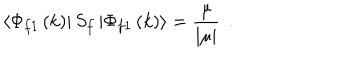
\left\langle \Phi _ { f 1 } \left( k \right) \right| S _ { f } \left| \Phi _ { f 1 } \left( k \right) \right\rangle = \frac \mu { \left| \mu \right| } \; \, .